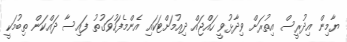
ޔާމިން އިދުރީސް އިތުރަށް ވިދާޅުވީ ހައްޖައް ދިއުމަށްޓަކައި އެންމެފަހުވަގުތު ފައިސާ ދައްކަން ތިބުމަކީ